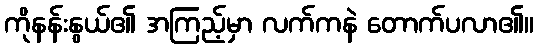
ကိုနန်းနွယ်၏ အကြည့်မှာ လက်ကနဲ တောက်ပလာ၏။